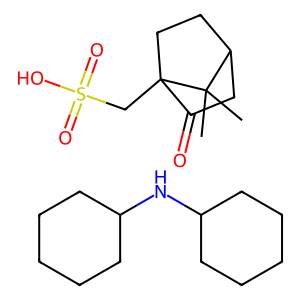
SMILES: C1CCC(NC2CCCCC2)CC1.CC1(C)C2CCC1(CS(=O)(=O)O)C(=O)C2
Inhibits HIV replication: No